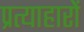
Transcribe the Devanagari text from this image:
प्रत्याहारों